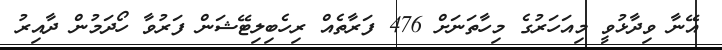
އޭނާ ވިދާޅުވީ މިއަހަރުގެ މިހާތަނަށް 476 ފަރާތެއް ރިހެބިލިޓޭޝަން ފަރުވާ ހޯދަމުން ދާއިރު